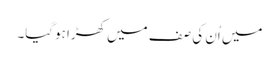
میں اُن کی صف میں کھڑا ہوگیا۔